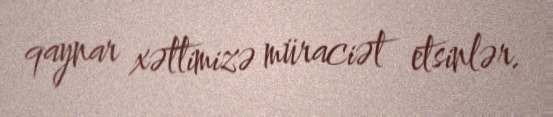
qaynar xəttimizə müraciət etsinlər.